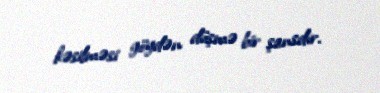
kəsilməsi göydən düşmə bir şansdır.